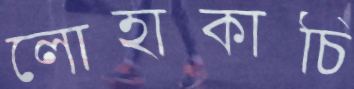
লোহাকাচি